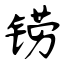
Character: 铹